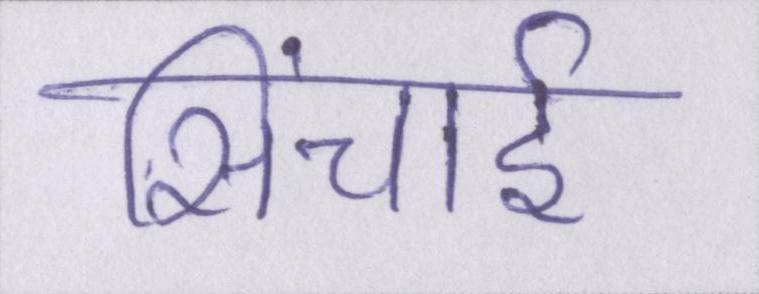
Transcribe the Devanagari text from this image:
सिंचाई